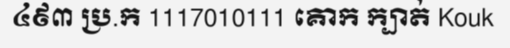
៤៩៣ ប្រ.ក 1117010111 គោក ក្បាត់ Kouk